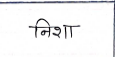
मजकूर: निशा